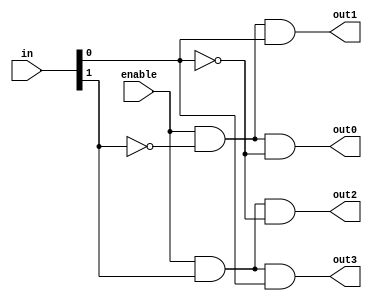
module fourDMUX(input [1 : 0] in, input enable, output out0, out1, out2, out3);
    assign out0 = enable & ~in[1] & ~in[0];
    assign out1 = enable & ~in[1] & in[0];
    assign out2 = enable & in[1] & ~in[0];
    assign out3 = enable & in[1] & in[0];
endmodule

module eightDMUX(input [2 : 0] in, input enable, output out0, out1, out2, out3, out4, out5, out6, out7);
    assign out0 = enable & ~in[2] & ~in[1] & ~in[0];
    assign out1 = enable & ~in[2] & ~in[1] & in[0];
    assign out2 = enable & ~in[2] & in[1] & ~in[0];
    assign out3 = enable & ~in[2] & in[1] & in[0];
    assign out4 = enable & in[2] & ~in[1] & ~in[0];
    assign out5 = enable & in[2] & ~in[1] & in[0];
    assign out6 = enable & in[2] & in[1] & ~in[0];
    assign out7 = enable & in[2] & in[1] & in[0];
endmodule